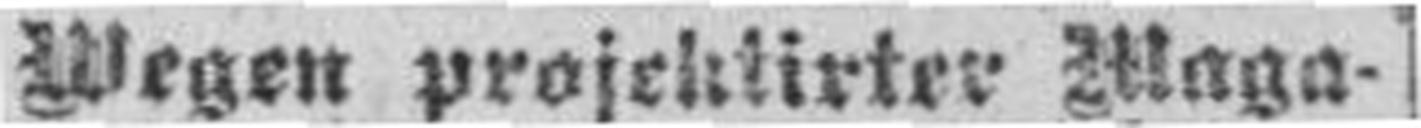
Wegen projektirter Maga¬